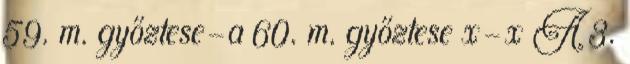
59. m. győztese–a 60. m. győztese x–x A 3.